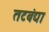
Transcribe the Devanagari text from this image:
तटबंद्या